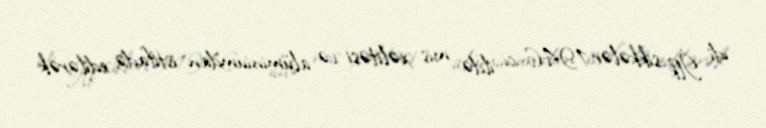
idi. İlk sikkələr 1946-cı ildə mis xəlitəsi və alüminiumdan istifadə edilərək